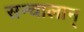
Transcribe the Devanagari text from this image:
सन्चालान्